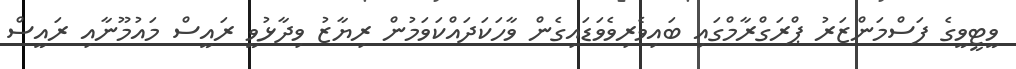
ވީޓީވީގެ ފަސްމަންޒަރު ޕްރަގްރާމްގައި ބައިވެރިވެވަޑައިގެން ވާހަކަދައްކަވަމުން ރިޔާޒު ވިދާޅުވީ ރައީސް މައުމޫނާއި ރައީސް